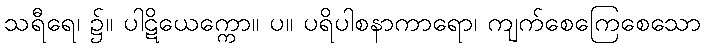
သရီရေ၊ ၌။ ပါဋိယေက္ကော။ ပ။ ပရိပါစနာကာရော၊ ကျက်စေကြေစေသော